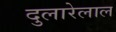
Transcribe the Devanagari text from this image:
दुलारेलाल